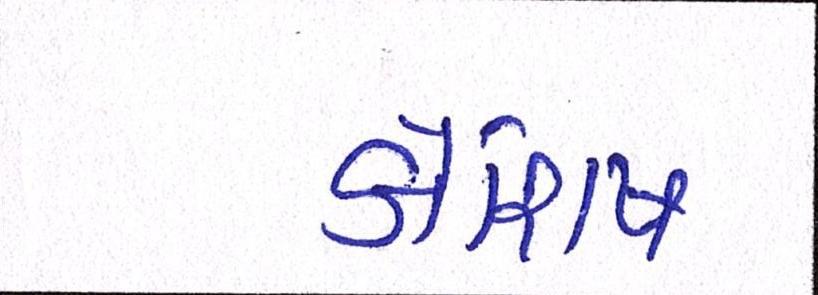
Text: કોશિષ